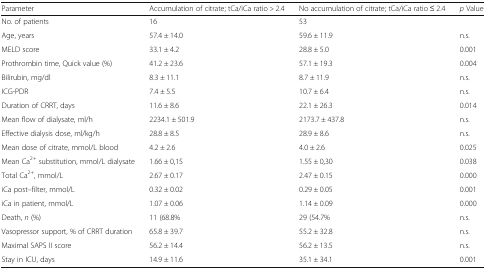
<table><thead><tr><td><b>Parameter</b></td><td><b>Accumulation of citrate; tCa/iCa ratio &gt; 2.4</b></td><td><b>No accumulation of citrate; tCa/iCa ratio ≤ 2.4</b></td><td><b><i>p</i> Value</b></td></tr></thead><tbody><tr><td>No. of patients</td><td>16</td><td>53</td><td></td></tr><tr><td>Age, years</td><td>57.4 ± 14.0</td><td>59.6 ± 11.9</td><td>n.s.</td></tr><tr><td>MELD score</td><td>33.1 ± 4.2</td><td>28.8 ± 5.0</td><td>0.001</td></tr><tr><td>Prothrombin time, Quick value (%)</td><td>41.2 ± 23.6</td><td>57.1 ± 19.3</td><td>0.004</td></tr><tr><td>Bilirubin, mg/dl</td><td>8.3 ± 11.1</td><td>8.7 ± 11.9</td><td>n.s.</td></tr><tr><td>ICG-PDR</td><td>7.4 ± 5.5</td><td>10.7 ± 6.4</td><td>n.s.</td></tr><tr><td>Duration of CRRT, days</td><td>11.6 ± 8.6</td><td>22.1 ± 26.3</td><td>0.014</td></tr><tr><td>Mean flow of dialysate, ml/h</td><td>2234.1 ± 501.9</td><td>2173.7 ± 437.8</td><td>n.s.</td></tr><tr><td>Effective dialysis dose, ml/kg/h</td><td>28.8 ± 8.5</td><td>28.9 ± 8.6</td><td>n.s.</td></tr><tr><td>Mean dose of citrate, mmol/L blood</td><td>4.2 ± 2.6</td><td>4.0 ± 2.6</td><td>0.025</td></tr><tr><td>Mean Ca<sup>2+</sup> substitution, mmol/L dialysate</td><td>1.66 ± 0,15</td><td>1.55 ± 0,30</td><td>0.038</td></tr><tr><td>Total Ca<sup>2+</sup>, mmol/L</td><td>2.67 ± 0.17</td><td>2.47 ± 0.15</td><td>0.000</td></tr><tr><td>iCa post–filter, mmol/L</td><td>0.32 ± 0.02</td><td>0.29 ± 0.05</td><td>0.001</td></tr><tr><td>iCa in patient, mmol/L</td><td>1.07 ± 0.06</td><td>1.14 ± 0.09</td><td>0.000</td></tr><tr><td>Death, <i>n</i> (%)</td><td>11 (68.8%</td><td>29 (54.7%</td><td>n.s.</td></tr><tr><td>Vasopressor support, % of CRRT duration</td><td>65.8 ± 39.7</td><td>55.2 ± 32.8</td><td>n.s.</td></tr><tr><td>Maximal SAPS II score</td><td>56.2 ± 14.4</td><td>56.2 ± 13.5</td><td>n.s.</td></tr><tr><td>Stay in ICU, days</td><td>14.9 ± 11.6</td><td>35.1 ± 34.1</td><td>0.001</td></tr></tbody></table>